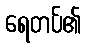
ရေတပ်၏